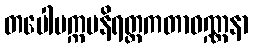
တပေါပက္ကမနိရတ္ထကတာဝဏ္ဏနာ